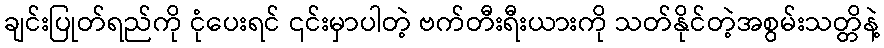
ချင်းပြုတ်ရည်ကို ငုံပေးရင် ၎င်းမှာပါတဲ့ ဗက်တီးရီးယားကို သတ်နိုင်တဲ့အစွမ်းသတ္တိနဲ့